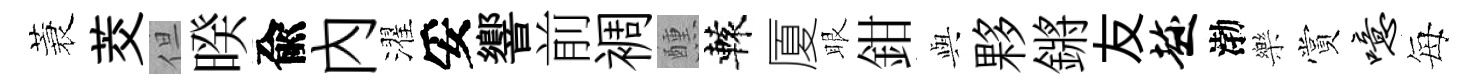
蓑茭但暌兪內濯妥響前裯醺轅厦眼鉗𫤰夥鏘友趁渤樂賞噫每